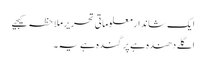
ایک شاندار معلوماتی تحریر ملاحظہ کیجیے
اگلے دھندہ ہے پر گندہ ہے یہ ۔